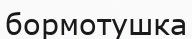
бормотушка